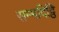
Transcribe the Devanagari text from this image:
सम्मदिट्ठि